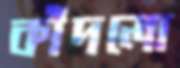
কাঁদলো